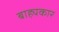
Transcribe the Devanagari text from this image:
बाह्यकार